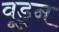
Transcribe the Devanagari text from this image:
वूड्न